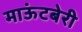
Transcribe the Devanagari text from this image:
माऊंटबेरी